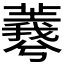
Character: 𦏡